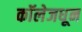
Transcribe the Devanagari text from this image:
कॉलेजधून